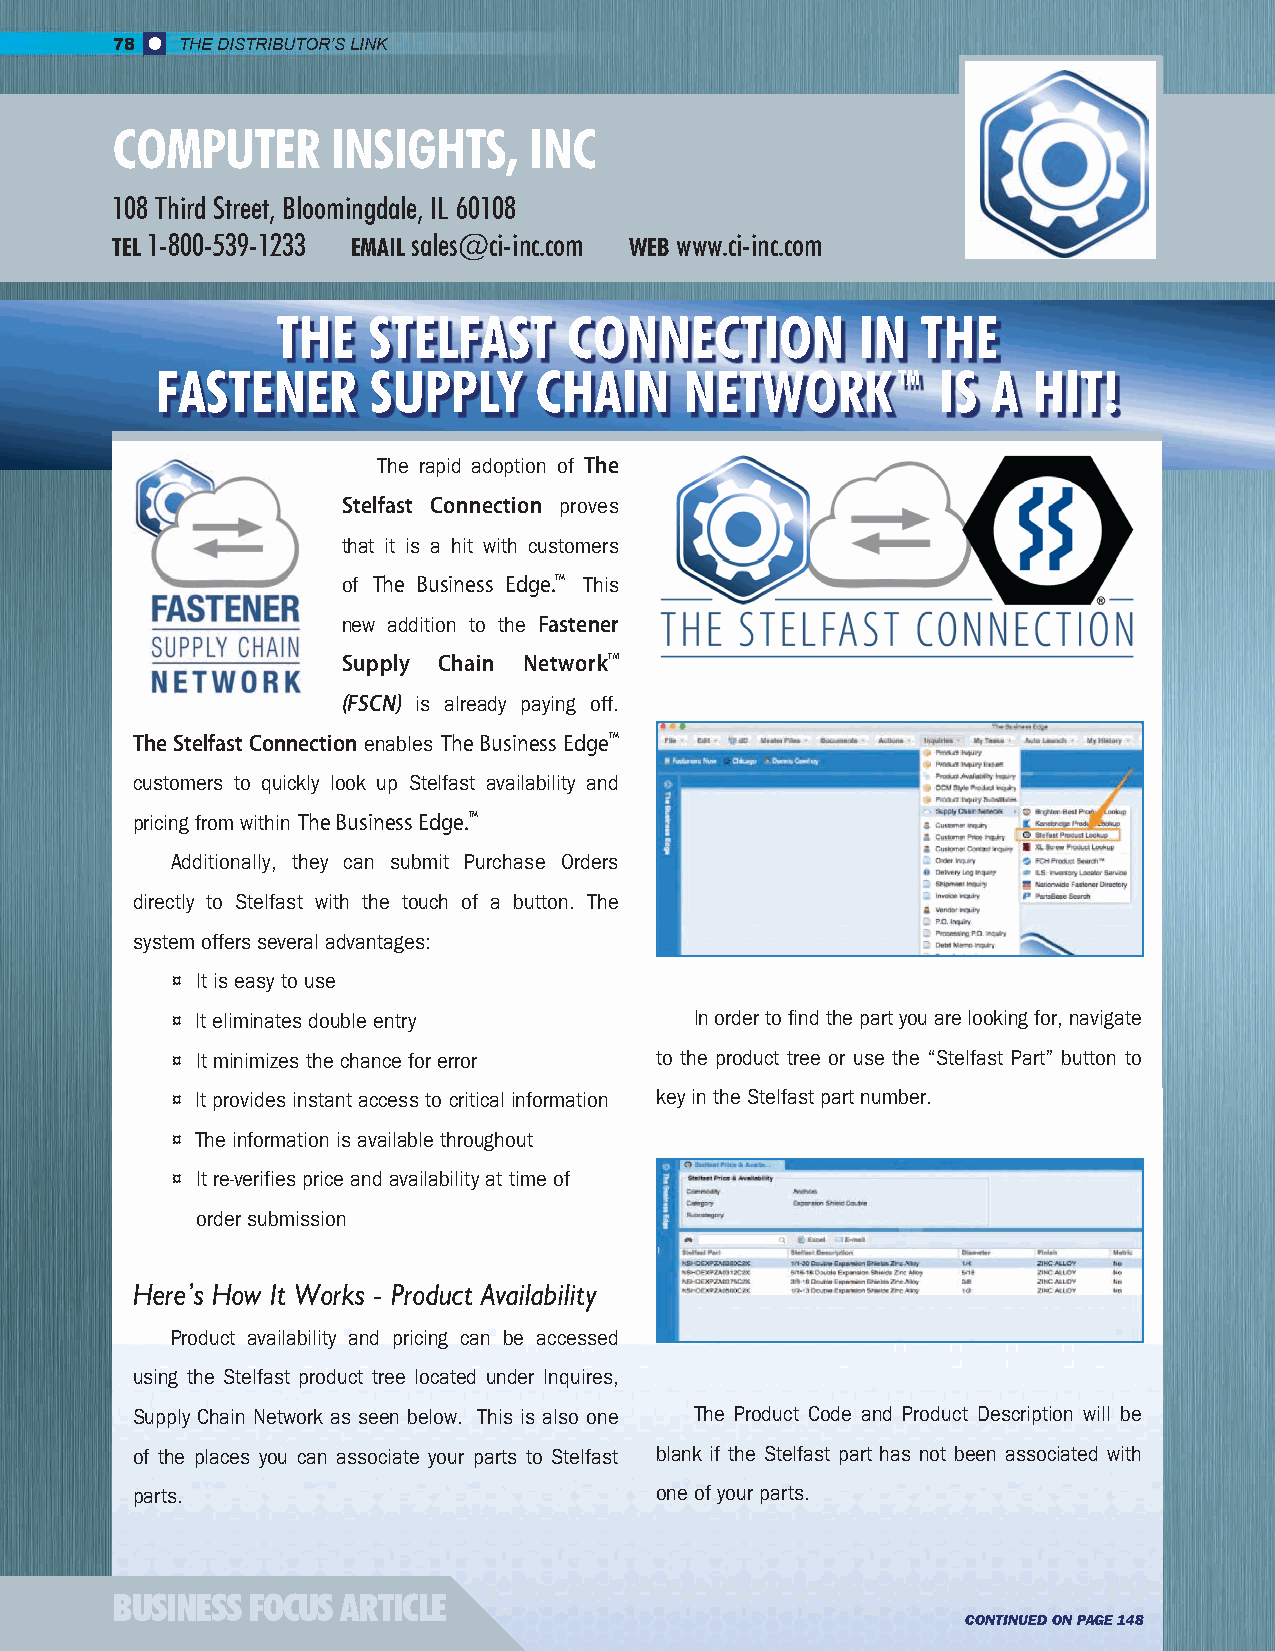
78   THE DISTRIBUTOR’S LINK
 COMPUTER       INSIGHTS,    INC
 108 Third Street, Bloomingdale, IL 60108
 TEL 1-800-539-1233 EMAIL sales@ci-inc.com WEB www.ci-inc.com
 THE   STELFAST      CONNECTION         IN  THE
 FASTENER       SUPPLY    CHAIN     NETWORKTM        IS  A HIT!
 The rapid adoption of The
 Stelfast Connection proves
 that it is a hit with customers
 of The Business Edge.TM This
 new addition to the Fastener
 Supply Chain NetworkTM
 (FSCN) is already paying off.
 The Stelfast Connection enables The Business EdgeTM
 customers to quickly look up Stelfast availability and
 pricing from within The Business Edge.TM
 Additionally, they can submit Purchase Orders
 directly to Stelfast with the touch of a button. The
 system offers several advantages:
 ¤ It is easy to use
 ¤ It eliminates double entry       In order to find the part you are looking for, navigate
 ¤ It minimizes the chance for error to the product tree or use the “Stelfast Part” button to
 ¤ It provides instant access to critical information key in the Stelfast part number.
 ¤ The information is available throughout
 ¤ It re-verifies price and availability at time of
 order submission
 Here’s How It Works - Product Availability
 Product availability and pricing can be accessed
 using the Stelfast product tree located under Inquires,
 Supply Chain Network as seen below. This is also one The Product Code and Product Description will be
 of the places you can associate your parts to Stelfast blank if the Stelfast part has not been associated with
 parts.                            one of your parts.
 BUSINESS FOCUS  ARTICLE
 CONTINUED ON PAGE 148